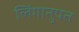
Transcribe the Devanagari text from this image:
लिंगानुपत